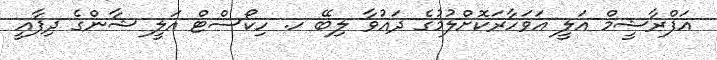
އަފްރާޝީމް އަލީ އަވަހާރަކޮށްލުމުގެ ދައުވާ ލިބޭ ހ. ހިކޯސްޓް އަލީ ޝާންގެ ދިފާއީ